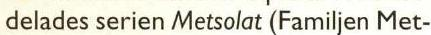
delades serien Metsolat (Familjen Met-